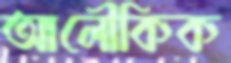
আলৌকিক